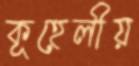
কূহেলীয়